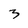
Character: 3